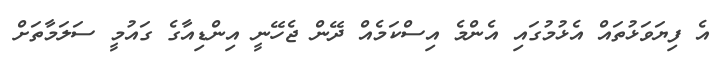
އެ ފިޔަވަޅުތައް އެޅުމުގައި އެންމެ އިސްކަމެއް ދޭން ޖެހޭނީ އިންޑިއާގެ ގައުމީ ސަލަމާތަށް